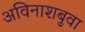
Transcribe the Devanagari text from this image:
अविनाशबुवा